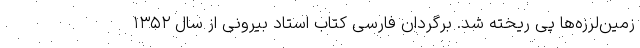
زمین‌لرزه‌ها پی ریخته شد. برگردان فارسی کتاب استاد بیرونی از سال ۱۳۵۲